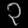
Digit: ၃